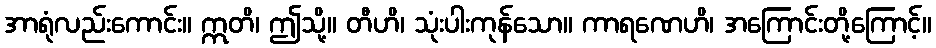
အာရုံလည်းကောင်း။ ဣတိ၊ ဤသို့။ တီဟိ၊ သုံးပါးကုန်သော။ ကာရဏေဟိ၊ အကြောင်းတို့ကြောင့်။